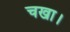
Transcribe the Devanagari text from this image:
चखा।